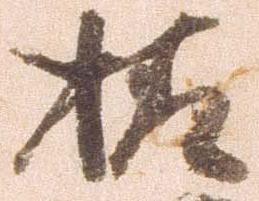
様